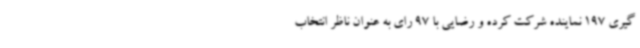
گیری 197 نماینده شرکت کرده و رضایی با 97 رای به عنوان ناظر انتخاب